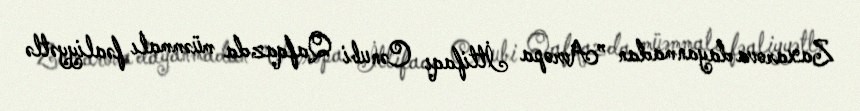
Zaxarova dayanmadan ”Avropa İttifaqı Cənubi Qafqazda müəmmalı fəaliyyətlə